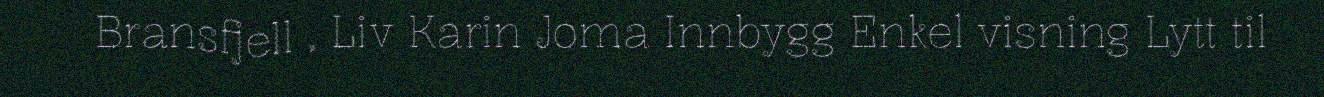
Bransfjell , Liv Karin Joma Innbygg Enkel visning Lytt til